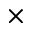
\times